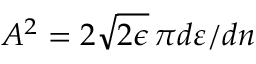
A ^ { 2 } = { 2 \sqrt { 2 \epsilon } } \, { \pi } { d \varepsilon } / { d n }